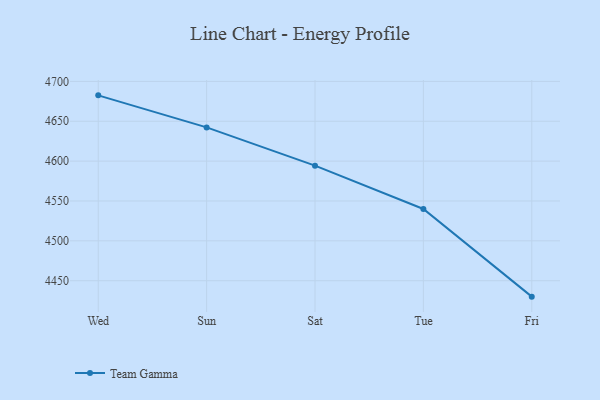
{"axis": {"x": "Day", "y": "Page Views"}, "legend": ["Team Gamma"], "data": [{"x": "Wed", "y": 4682.5, "type": "Team Gamma"}, {"x": "Sun", "y": 4642.3, "type": "Team Gamma"}, {"x": "Sat", "y": 4594.3, "type": "Team Gamma"}, {"x": "Tue", "y": 4540.0, "type": "Team Gamma"}, {"x": "Fri", "y": 4430.0, "type": "Team Gamma"}]}